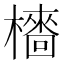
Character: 𣞋